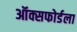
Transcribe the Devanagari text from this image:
ऑक्सफोर्डला